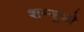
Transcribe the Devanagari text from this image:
शम्बूको